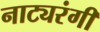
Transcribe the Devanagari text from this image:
नाट्यरंगी